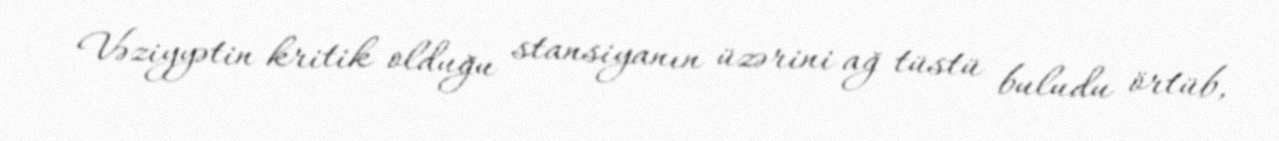
Vəziyyətin kritik olduğu stansiyanın üzərini ağ tüstü buludu örtüb,